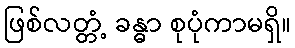
ဖြစ်လတ္တံ့ ခန္ဓာ စုပုံကာမရှိ။